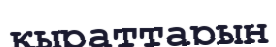
қыраттарын